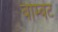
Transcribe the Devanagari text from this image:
बोम्बट